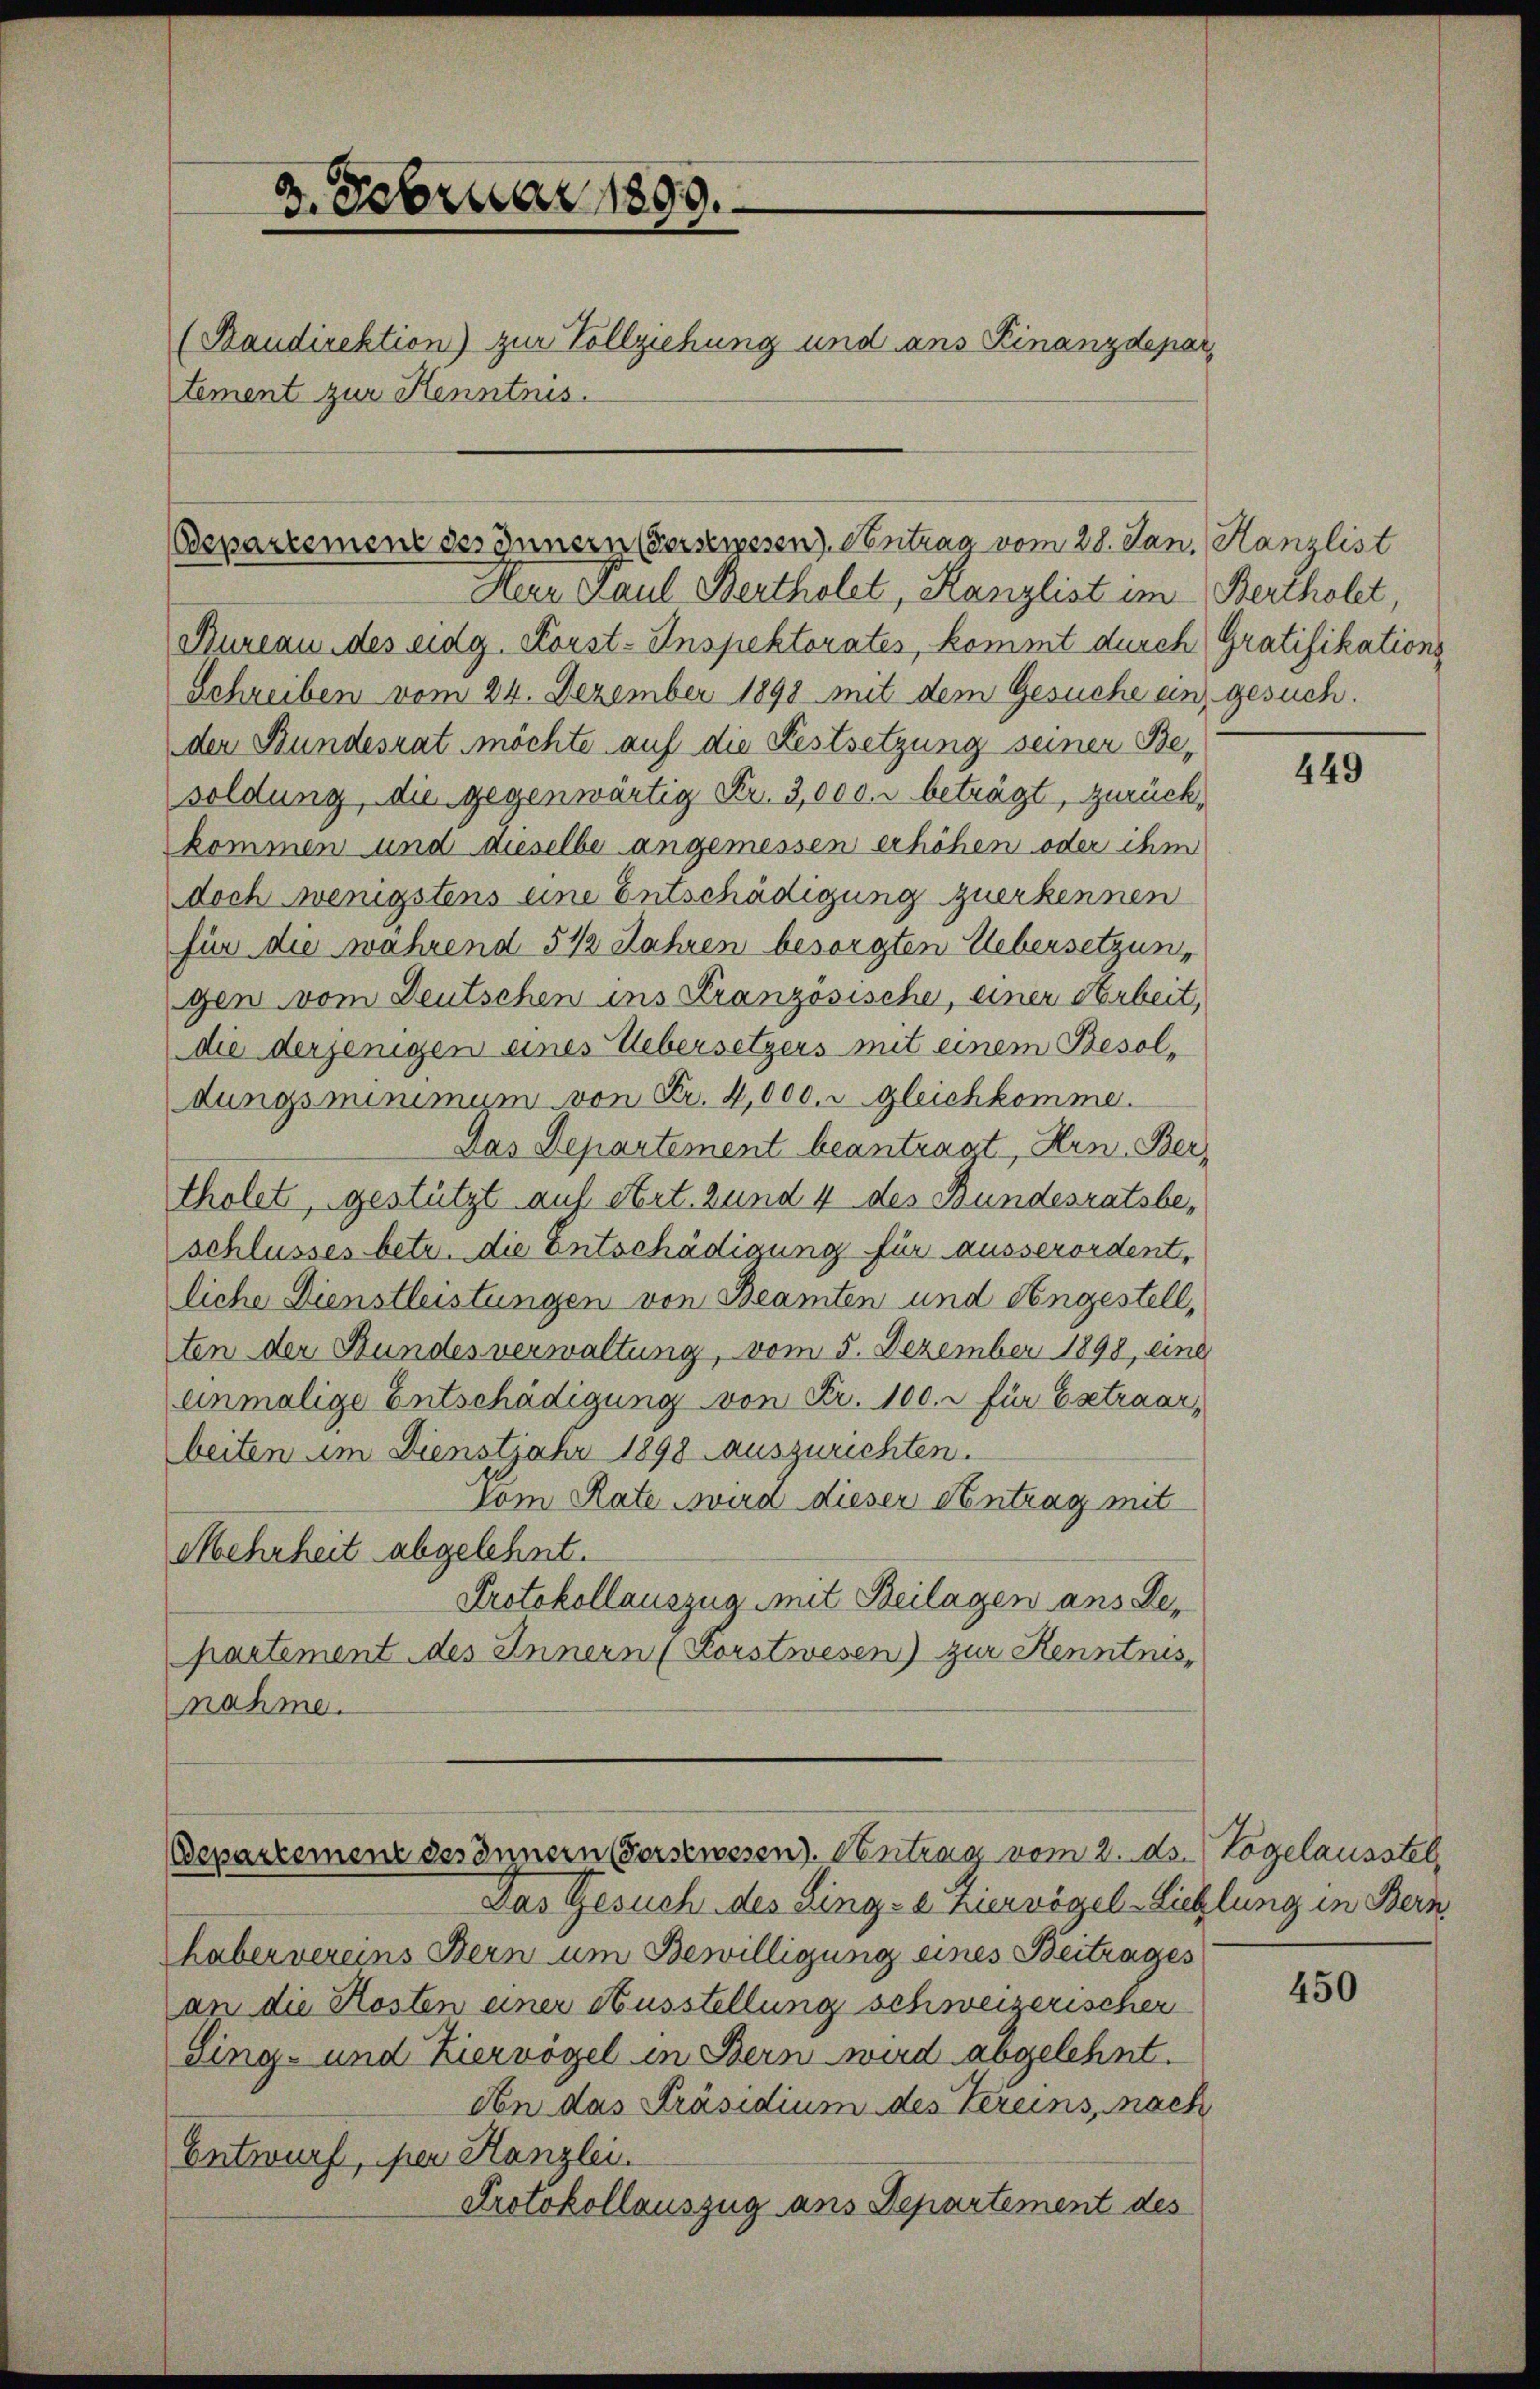
2. Februar 1899.
(Baudirektion) zur Vollziehung und ans Kinanzdepar
tement zur Kenntnis.

Espartement des Innern Geisewesen Contrag vom 28. Jan. Hanzlist

Herr Paul Bertholet, Kanzlist im Bertholet,
Bureau des eidg. Korst-Inspektorates, kommt durch Gratifikations
Schreiben vom 24. Dezember 1898 mit dem Gesuche ein, gesuch.
der Bundesrat möchte auf die Festsetzung seiner Besoldung, die gegenwärtig Fr. 3,000. r beträgt, zurückkommen und dieselbe angemessen erhöhen oder ihm
doch wenigstens eine Entschädigung zuerkennen
für die während 5 1/2 Jahren besorgten Uebersetzungen vom Deutschen ins Französische, einer Arbeit,
die derjenigen eines Uebersetzers mit einem Besoldungsminimum von Fr. 4,000. u gleichkomme.
Das Departement beantragt, Hrn. Ber
tholet, gestützt auf Art. zund 4 des Bundesratsbeschlusses betr. die Entschädigung für ausserordent,
liche Dienstleistungen von Beamten und Angestell,
ten der Bundesverwaltung, vom 5. Dezember 1898, eine
einmalige Entschädigung von Fr. 100. u für Extraar,
beiten im Dienstjahr 1898 auszurichten.
Vom Rate wird dieser Antrag mit
Mehrheit abgelehnt.
Protokollauszug mit Beilagen ans Lepartement des Innern (Korstwesen) zur Kenntnis,
nahme.

Departement des Innern (Forstwesen. Antrag vom 2. ds. Vogelausstel

Das Gesuch des Ling-a Zierrögel-Liehlung in Bern
haber vereins Bern um Bewilligung eines Beitrages
an die Kosten einer Ausstellung schweizerischer
Sing- und Kiervögel in Bern wird abgelehnt.
don das Präsidium des Vereins, nach
Entwurf, per Kanzlei.
Protokollauszug aus Departement des

449

450